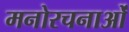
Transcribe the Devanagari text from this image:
मनोरचनाओं